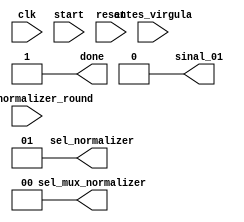
module UC (
    input clk, start, reset,
    input [1:0] antes_virgula,
    input check_normalizer_round,
    output [1:0] sel_mux_normalizer,
    output [1:0] sel_normalizer,
    output sinal_01,
    output done
);
    
      // Definio dos estados
  parameter INITIAL           = 4'b0000;
  parameter SUM               = 4'b0001;
  parameter NORMALIZER        = 4'b0010;
  parameter ROUND             = 4'b0011;
  parameter DONE              = 4'b0100;
  parameter DONE_complexo     = 4'b0101;
  
  // Declarao dos registradores
  reg [3:0] estado_atual;
  reg [3:0] proximo_estado;

   // Atribuio do estado inicial
  initial estado_atual = INITIAL;

    //Definio da mquina de estados
    always @(posedge clk) begin
        case (estado_atual)
    
    INITIAL: 
        if(start)
            proximo_estado = SUM;
        else 
            proximo_estado= INITIAL;

    SUM:
        if (antes_virgula==2'b01) proximo_estado=DONE_complexo;
        else proximo_estado= NORMALIZER;

    NORMALIZER:
    if (antes_virgula[1]==1)
        proximo_estado= NORMALIZER;
    else if(antes_virgula[0]==1)
        proximo_estado= ROUND;
    else proximo_estado = NORMALIZER;

    ROUND:
    if(check_normalizer_round==1)
        proximo_estado = NORMALIZER;
    else 
        proximo_estado = DONE;
    DONE:
        if(reset)
            proximo_estado =INITIAL;
        else   
            proximo_estado =DONE;
    DONE_complexo:
        if(reset)
            proximo_estado =INITIAL;
        else   
            proximo_estado =DONE_complexo;

        endcase
    end

assign sel_normalizer = (estado_atual == NORMALIZER & antes_virgula==00)? 0:1;

assign sel_mux_normalizer = (estado_atual == SUM)? 00:
                            (estado_atual == NORMALIZER)? 01:
                            (estado_atual == ROUND)? 10: 00;

assign done = (estado_atual==DONE | estado_atual==DONE_complexo | estado_atual == INITIAL)?1:0;
assign sinal_01 = (estado_atual==DONE_complexo);



endmodule